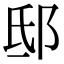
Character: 邸